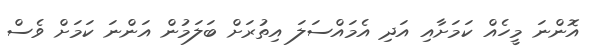
އޮންނަ މީހެއްް ކަމަށާއި އަދި އެމައްސަލަ އިތުރަށް ބަލަމުން އަންނަ ކަމަށް ވެސް